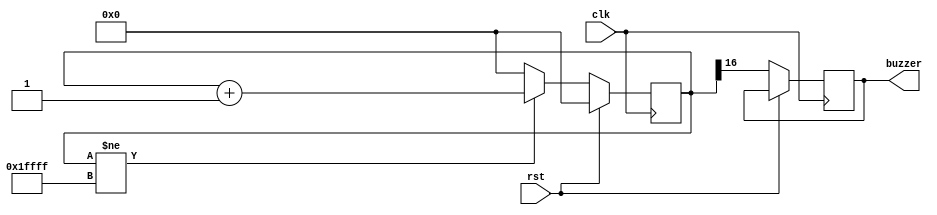
module buzzer_driver2(
    input clk,
    input rst,
    output reg buzzer
    );


    reg [16:0] buzzer_counter;

    always @(posedge clk)
    begin
        if (rst)
        begin
            buzzer_counter <= 17'b0;
        end
        else
        begin
           if (buzzer_counter != 17'b11111111111111111)
           begin
              buzzer_counter <= buzzer_counter + 1;
           end
           else
           begin
              buzzer_counter <= 17'b0;
           end
           buzzer = buzzer_counter[16];
        end
    end


endmodule